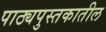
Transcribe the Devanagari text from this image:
पाठ्यपुस्तकातील